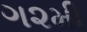
ગ૨મી